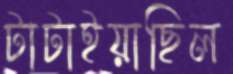
টাটাইয়াছিল